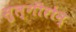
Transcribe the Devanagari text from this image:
सुल्गीरोन्